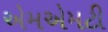
એમએમટી